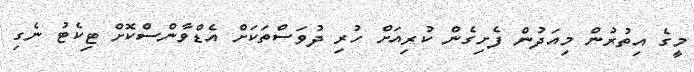
މީގެ އިތުރުން މިއަދުން ފެށިގެން ކުރިއަށް ހުރި ދުވަސްތަަކަށް އެޑްވާންސްކޮށް ޓިކެޓު ނެގި